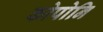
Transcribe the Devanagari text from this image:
कोपोनि